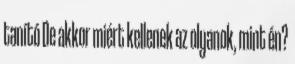
tanító De akkor miért kellenek az olyanok, mint én?